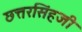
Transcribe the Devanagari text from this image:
छत्तरसिंहजी